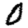
Digit: 0